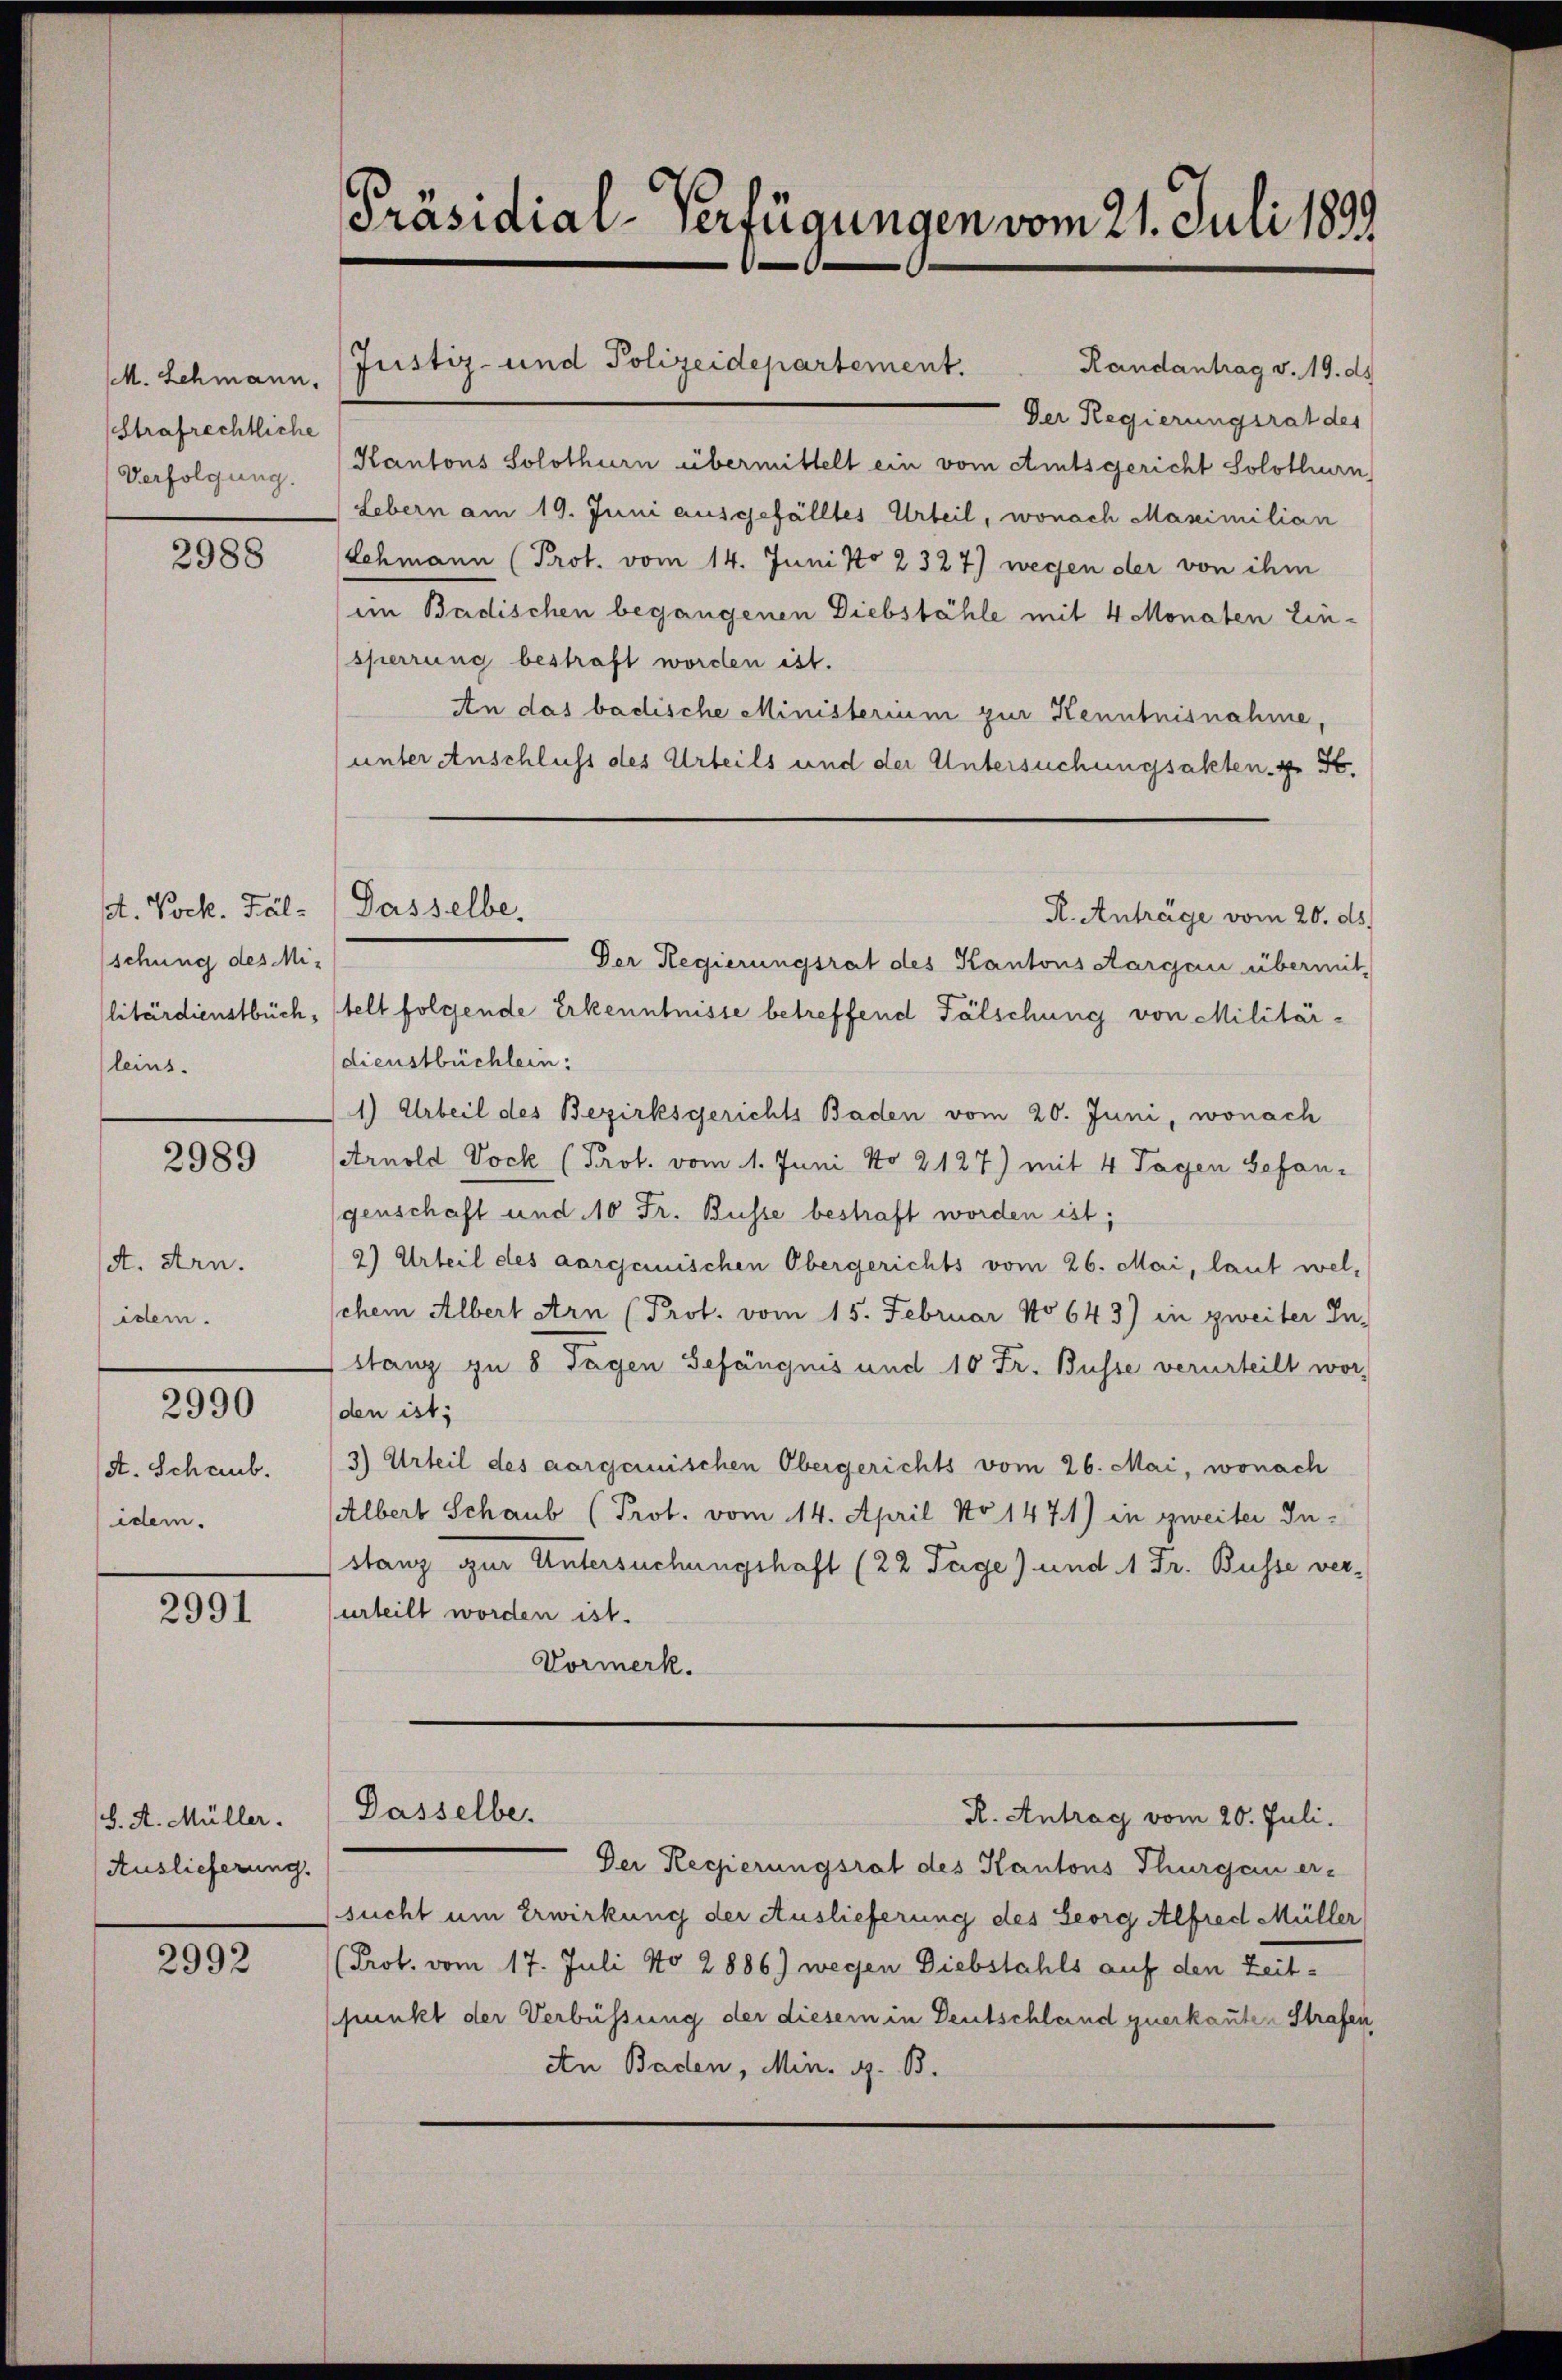
M. Lehmann,
(Strafrechtliche
Verfolgung.

2988

sdt. Dock. Fälschung des Mileins.

2989

A. Arn.
idem.

2990

dt. Schaub.
idem.

2991

H. A. Müller.
Auslieferung.

2992

Randantrag v. 19. d.
Der Regierungsrat des
Kantons Solothurn übermittelt ein vom Amtsgericht Solothurn
Lebern am 19. Juni ausgefälltes Urteil, wonach Maximilian
Lehmann (Prot. vom 14. Juni No 2327) wegen der von ihm
im Badischen begangenen Diebstähle mit 4 Monaten Einsperrung bestraft worden ist.
An das badische Ministerium zur Kenntnisnahme,
unter Anschluss des Urteils und der Untersuchungsakten. 4 St.
Der Regierungsrat des Kantons Aargau übermit-
litärdienstbuch, stelt folgende Erkenntnisse betreffend Fälschung von Militärdienstbüchlein:
1) Arbeil des Bezirksgerichts Baden vom 20. Juni, wonach
Arnold Dock (Prof. vom 1. Juni No 2127) mit 4 Tagen Sefangenschaft und 10 Fr. Busse bestraft worden ist;
2) Urteil des aargemischen Obergerichts vom 26. Mai, laut wel-
schem Albert Arn (Prot. vom 15. Februar No 643) in zweiter Instanz zu 8 Tagen Gefängnis und 10 Fr. Busse verurteilt worden ist;
3) Urteil des aargemischen Obergerichts vom 26. Mai, wonach
Albert Schaub (Prob. vom 14. April No 1471) in zweiter Instanz zur Untersuchungshaft (22 Tage) und 1 Fr. Busse verurteilt worden ist.
Vormerk.
.

Präsidial-Verfügungen vom 21. Juli 1899

Justiz- und Polizeidepartement.

Gasselbe.

Dasselbe.

R. Anträge vom 20. ds.

R. Antrag vom 20. Juli.

Der Regierungsrat des Kantons Thurgau er-
sucht um Erwirkung der Auslieferung des Georg Alfred Müller
Prot. vom 17. Juli No 2886) wegen Diebstahls auf den Zeitpunkt der Verbüssung der diesem in Deutschland querkauten Strafen,
An Baden, Min. G. B.